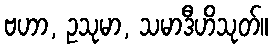
ဗဟာ, ဥသုမာ, သမာဒီဟိသုတ်။